Report of the Municipal Commissioner on the plague in Bombay for the year ending 31st May... - Volume 3
Disease focus: Plague
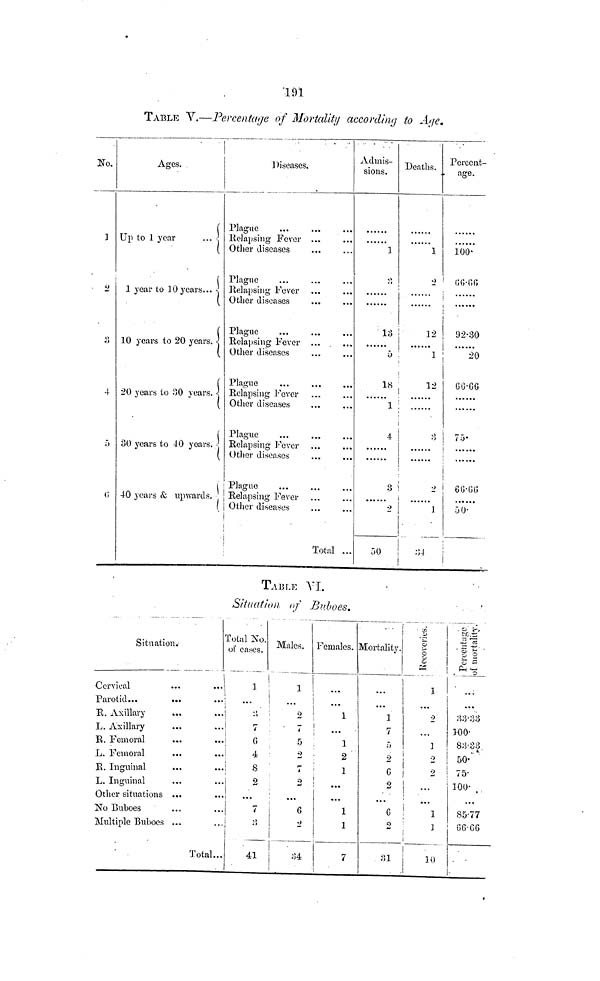
101
TABLE V.—Percentage of Mortality according to Age.
No.
1
2
3
4
5>
<;
Ages.
Up to 1 year
1 year to 10 years...
10 years to 20 years.
20 years to 30 years.
30 years to 40 years.
40 years & upwards.
1
{
Plague
Relapsing Fever ...
Other diseases
Plagne
Relapsing Fever
Other diseases
Plague
Relapsing Fever ...
Other diseases
Plague
Relapsing Fever
Other diseases
Plague
Relapsing Fever
Other diseases
: Plague
[ Relapsing Fever
Other diseases
i
!
Total ...
Admis-
sions.
1
2,
13
5
18
1
4
3
2
50
Deaths.
1
2
12
1
12
1
1
•)
\
]
1
34
i
Percent-
age.
100.
66.66
92.30
20
66.66
75.
I
66-66
i
50.
TABLE VI.
Situation of Buboes.
Situation.-
Cervical
i
Parotid...
...
...|
1
R. Axillary
...
..|
L. Axillary
R. Femoral
L. Femoral
R. Inguinal
L. Inguinal
Other situations ...
No Buboes
Multiple Buboes ...
Total...
total No.
of cases.
1
3
7
G
4
8
2
...
7
.3
41
Males.
1
...
2
1
5
2
7-
2
'
...
6
2
34
Females.
"l
1
2
1
...
1
1
7
.
Mortality.
1
7
5
2
6
2
...
G
2
31
Recoveries
1
2
1
|
2
i
)
2
1
3
i
j
10
i
33..33
100.
83.33
50
75.
100 .
85.77
66.66